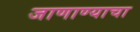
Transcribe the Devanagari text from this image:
जाणाण्याचा